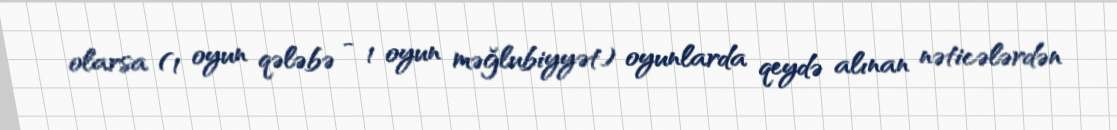
olarsa (1 oyun qələbə - 1 oyun məğlubiyyət) oyunlarda qeydə alınan nəticələrdən